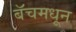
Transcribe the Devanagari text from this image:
बॅचमधून